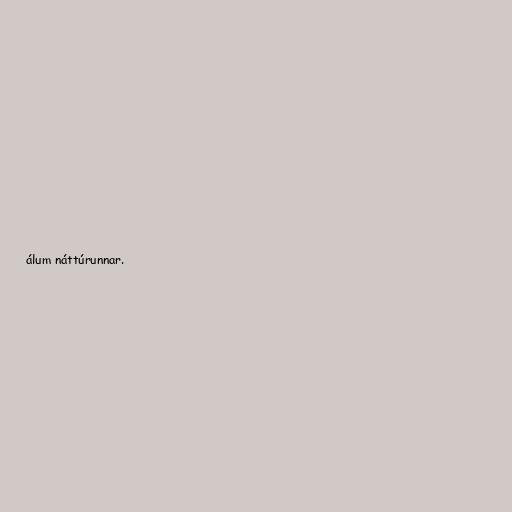
álum náttúrunnar.